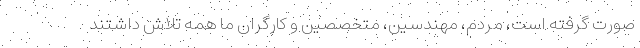
صورت گرفته است، مردم، مهندسین، متخصصین و کارگران ما همه تلاش داشتند